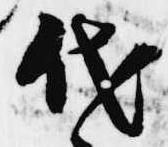
代